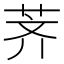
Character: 荠